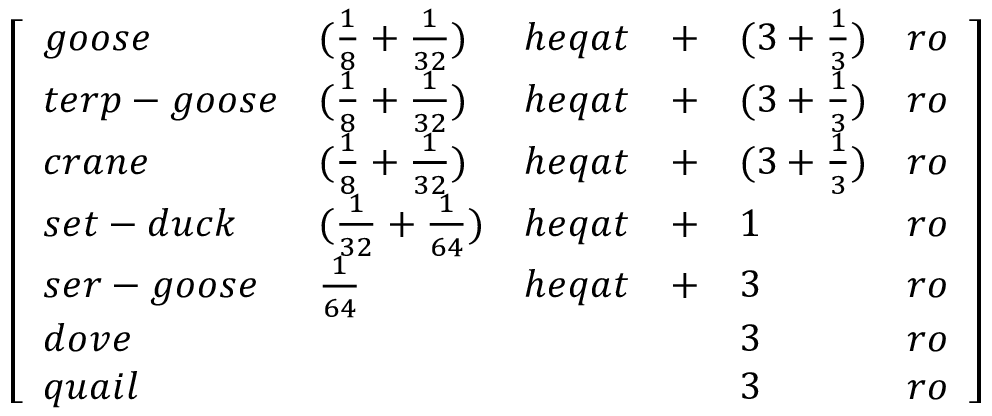
{ \left[ \begin{array} { l l l l l l } { g o o s e } & { ( { \frac { 1 } { 8 } } + { \frac { 1 } { 3 2 } } ) } & { h e q a t } & { + } & { ( 3 + { \frac { 1 } { 3 } } ) } & { r o } \\ { t e r p - g o o s e } & { ( { \frac { 1 } { 8 } } + { \frac { 1 } { 3 2 } } ) } & { h e q a t } & { + } & { ( 3 + { \frac { 1 } { 3 } } ) } & { r o } \\ { c r a n e } & { ( { \frac { 1 } { 8 } } + { \frac { 1 } { 3 2 } } ) } & { h e q a t } & { + } & { ( 3 + { \frac { 1 } { 3 } } ) } & { r o } \\ { s e t - d u c k } & { ( { \frac { 1 } { 3 2 } } + { \frac { 1 } { 6 4 } } ) } & { h e q a t } & { + } & { 1 } & { r o } \\ { s e r - g o o s e } & { { \frac { 1 } { 6 4 } } } & { h e q a t } & { + } & { 3 } & { r o } \\ { d o v e } & & & & { 3 } & { r o } \\ { q u a i l } & & & & { 3 } & { r o } \end{array} \right] }